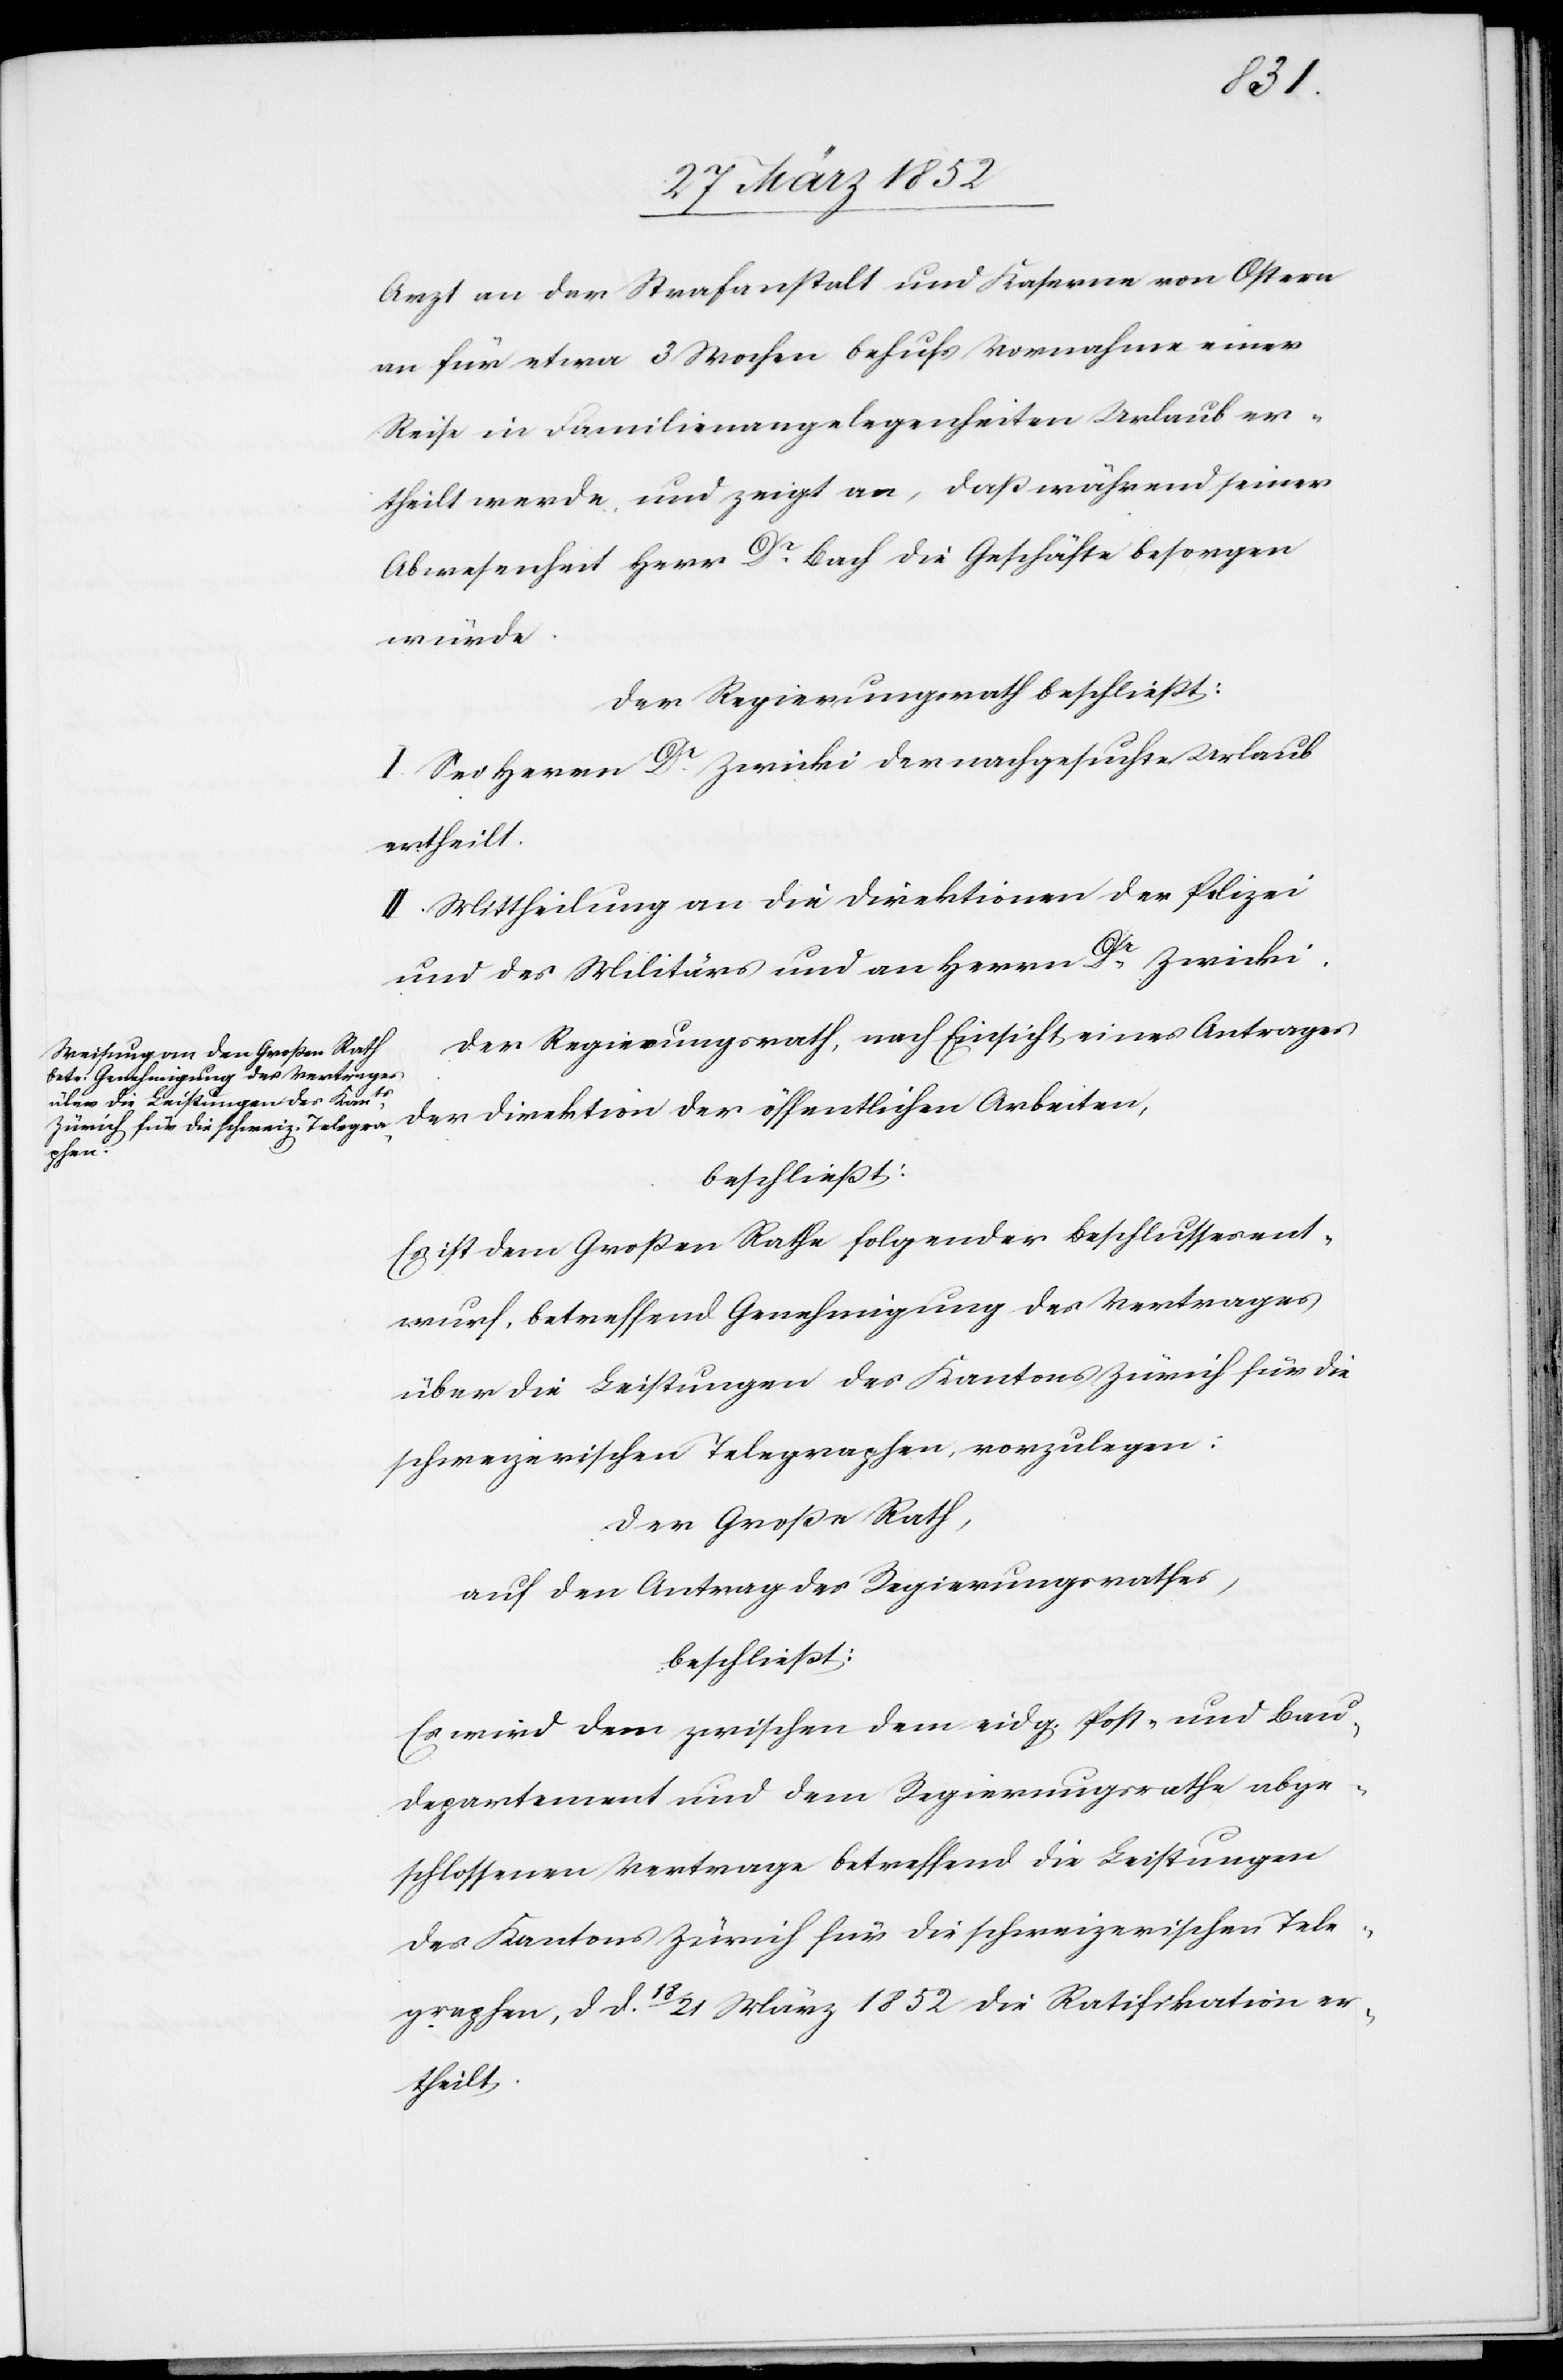
Arzt an der Strafanstalt und Kaserne von Ostern
an für etwa 3 Wochen behufs Vornahme einer
Reise in Familienangelegenheiten Urlaub er¬
theilt werde und zeigt an, daß während seiner
Abwesenheit Herr Dr Bach die Geschäfte besorgen
würde.
Der Regierungsrath beschließt:
I. Sei Herrn Dr Zwicki der nachgesuchte Urlaub
ertheilt.
II. Mittheilung an die Direktionen der Polizei
und des Militärs und an Herrn Dr Zwicki.
Der Regierungsrath, nach Einsicht eines Antrages
lichen
beschließt:
Es ist dem Großen Rathe folgender Beschlussesent¬
wurf, betreffend Genehmigung des Vertrages
über die Leistungen des Kantons Zürich für die
schweizerischen Telegraphen, vorzulegen:
Der Große Rath,
auf den Antrag des Regierungsrathes,
beschließt:
Es wird dem zwischen dem eidg. Post- und Bau¬
departement und dem Regierungsrathe abge¬
schlossenen Vertrage betreffend die Leistungen
des Kantons Zürich für die schweizerischen Tele¬
graphen, dd. 18/21 März 1852 die Ratifikation er¬
theilt.